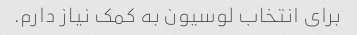
برای انتخاب لوسیون به کمک نیاز دارم.